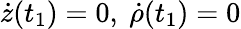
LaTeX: \dot{z}(t_{1})=0,\ \dot{\rho}(t_{1})=0